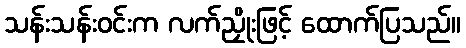
သန်းသန်းဝင်းက လက်ညှိုးဖြင့် ထောက်ပြသည်။